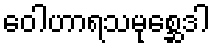
ဝေါဟာရသမုစ္ဆေဒါ